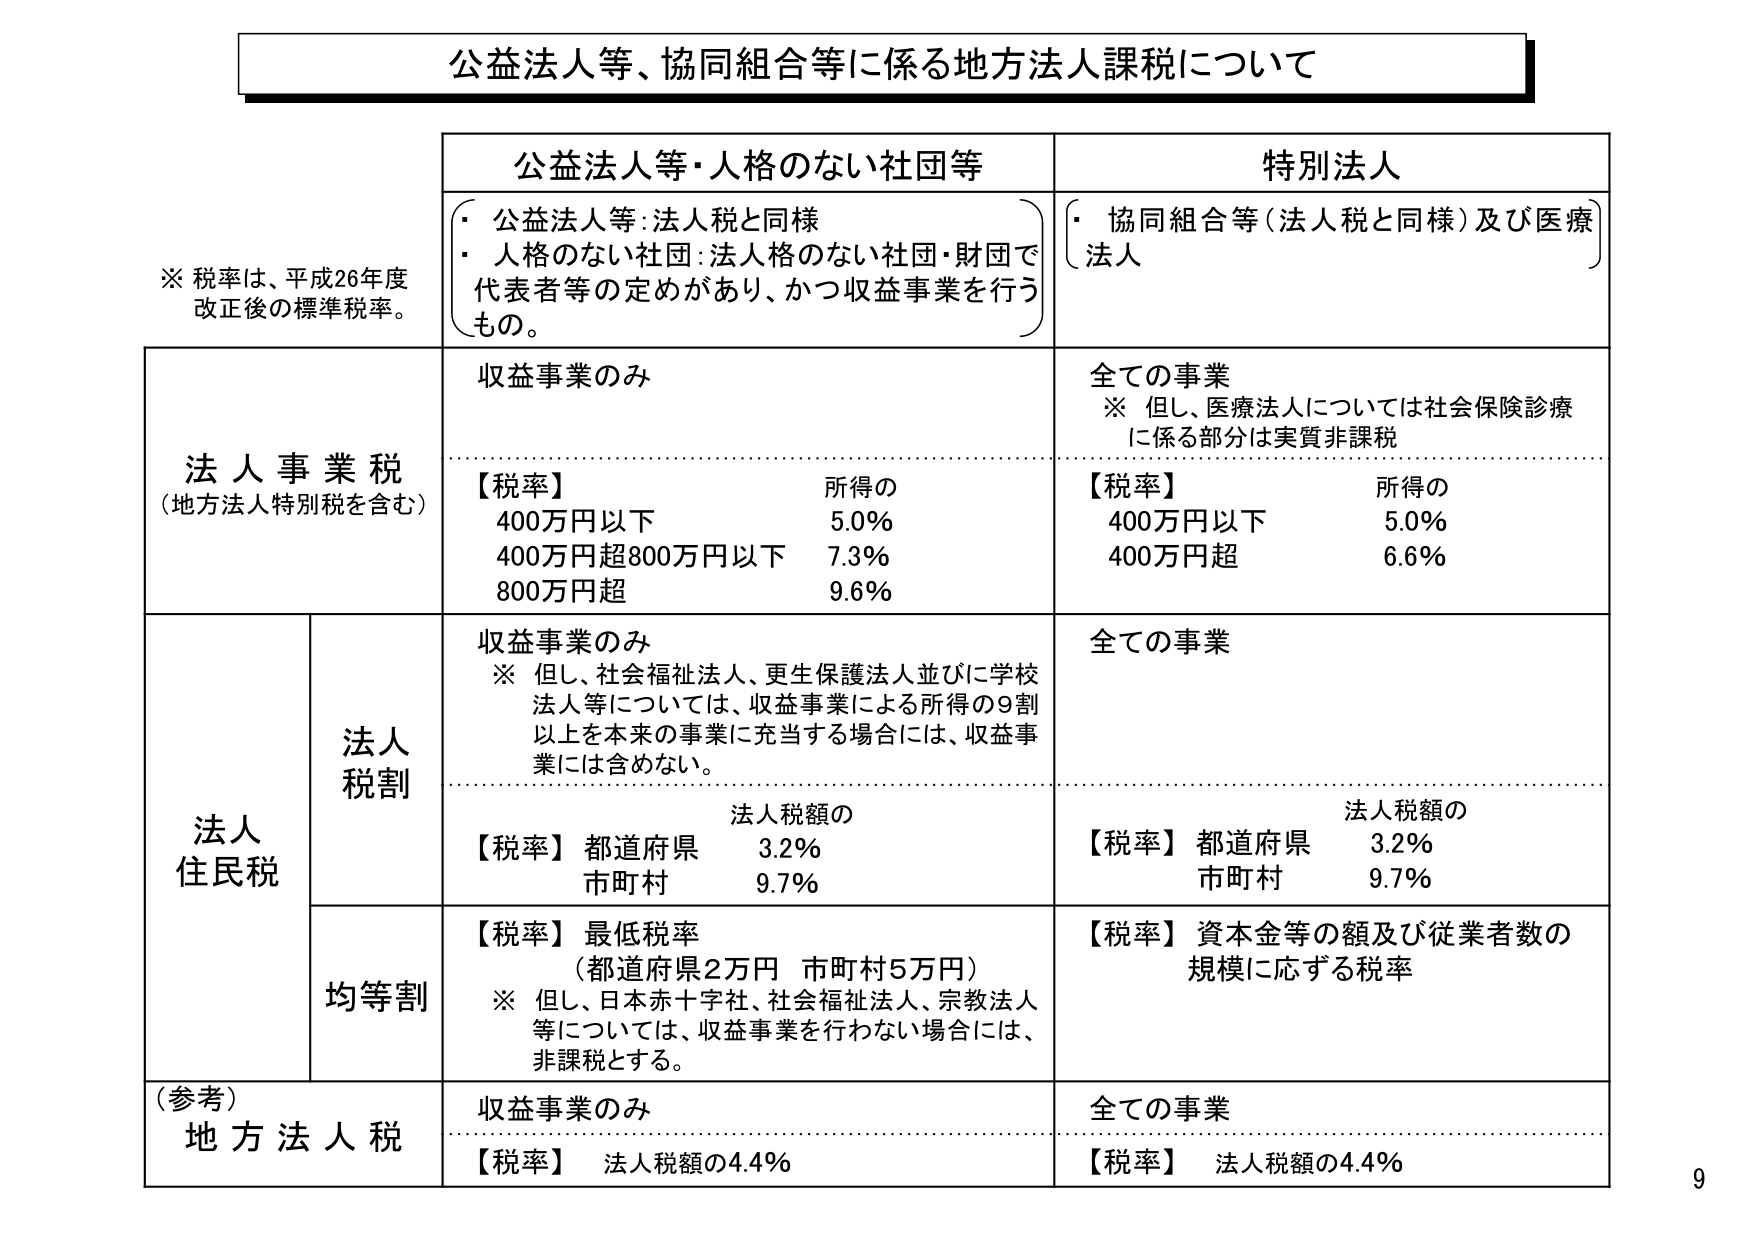
公益法人等、協同組合等に係る地方法人課税について

※ 税率は、平成26年度改正後の標準税率。

公益法人等・人格のない社団等
・ 公益法人等：法人税と同様
・ 人格のない社団：法人格のない社団・財団で代表者等の定めがあり、かつ収益事業を行うもの。

特別法人
・ 協同組合等（法人税と同様）及び医療法人

法人事業税
（地方法人特別税を含む）

収益事業のみ
【税率】
所得の
400万円以下　　　5.0%
400万円超800万円以下　7.3%
800万円超　　　　9.6%

全ての事業
※ 但し、医療法人については社会保険診療に係る部分は実質非課税
【税率】
所得の
400万円以下　　　5.0%
400万円超　　　　6.6%

法人
住民税

法人
税割

収益事業のみ
※ 但し、社会福祉法人、更生保護法人並びに学校法人等については、収益事業による所得の9割以上を本来の事業に充当する場合には、収益事業には含めない。

法人税額の
【税率】 都道府県　3.2%
　　　市町村　　9.7%

全ての事業

法人税額の
【税率】 都道府県　3.2%
　　　市町村　　9.7%

均等割

【税率】 最低税率
（都道府県2万円　市町村5万円）
※ 但し、日本赤十字社、社会福祉法人、宗教法人等については、収益事業を行わない場合には、非課税とする。

【税率】 資本金等の額及び従業者数の規模に応ずる税率

（参考）
地方法人税

収益事業のみ
【税率】 法人税額の4.4%

全ての事業
【税率】 法人税額の4.4%

9